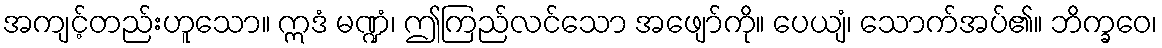
အကျင့်တည်းဟူသော။ ဣဒံ မဏ္ဍံ၊ ဤကြည်လင်သော အဖျော်ကို။ ပေယျံ၊ သောက်အပ်၏။ ဘိက္ခဝေ၊